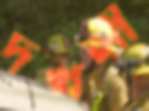
দখলী